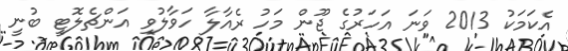
އެކަމަކު 2013 ވަނަ އަހަރުގެ ޖޫން މަހު ރެއާލާ ހަވާލުވި އަންޗެލޮޓީ ބުނީ